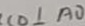
C O \bot A O